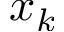
x _ { k }